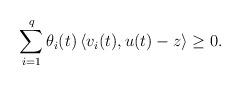
LaTeX: \begin{align*} \sum_{i=1}^{q} \theta_i (t) \left\langle v_i(t) , u(t) -z \right\rangle \geq 0.\end{align*}